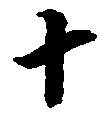
十